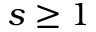
s \ge 1